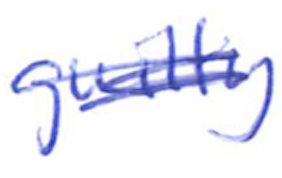
Text: guilty
Cross-out: scratch
Writing tool: ballpoint